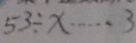
5 3 \div x \cdots 3